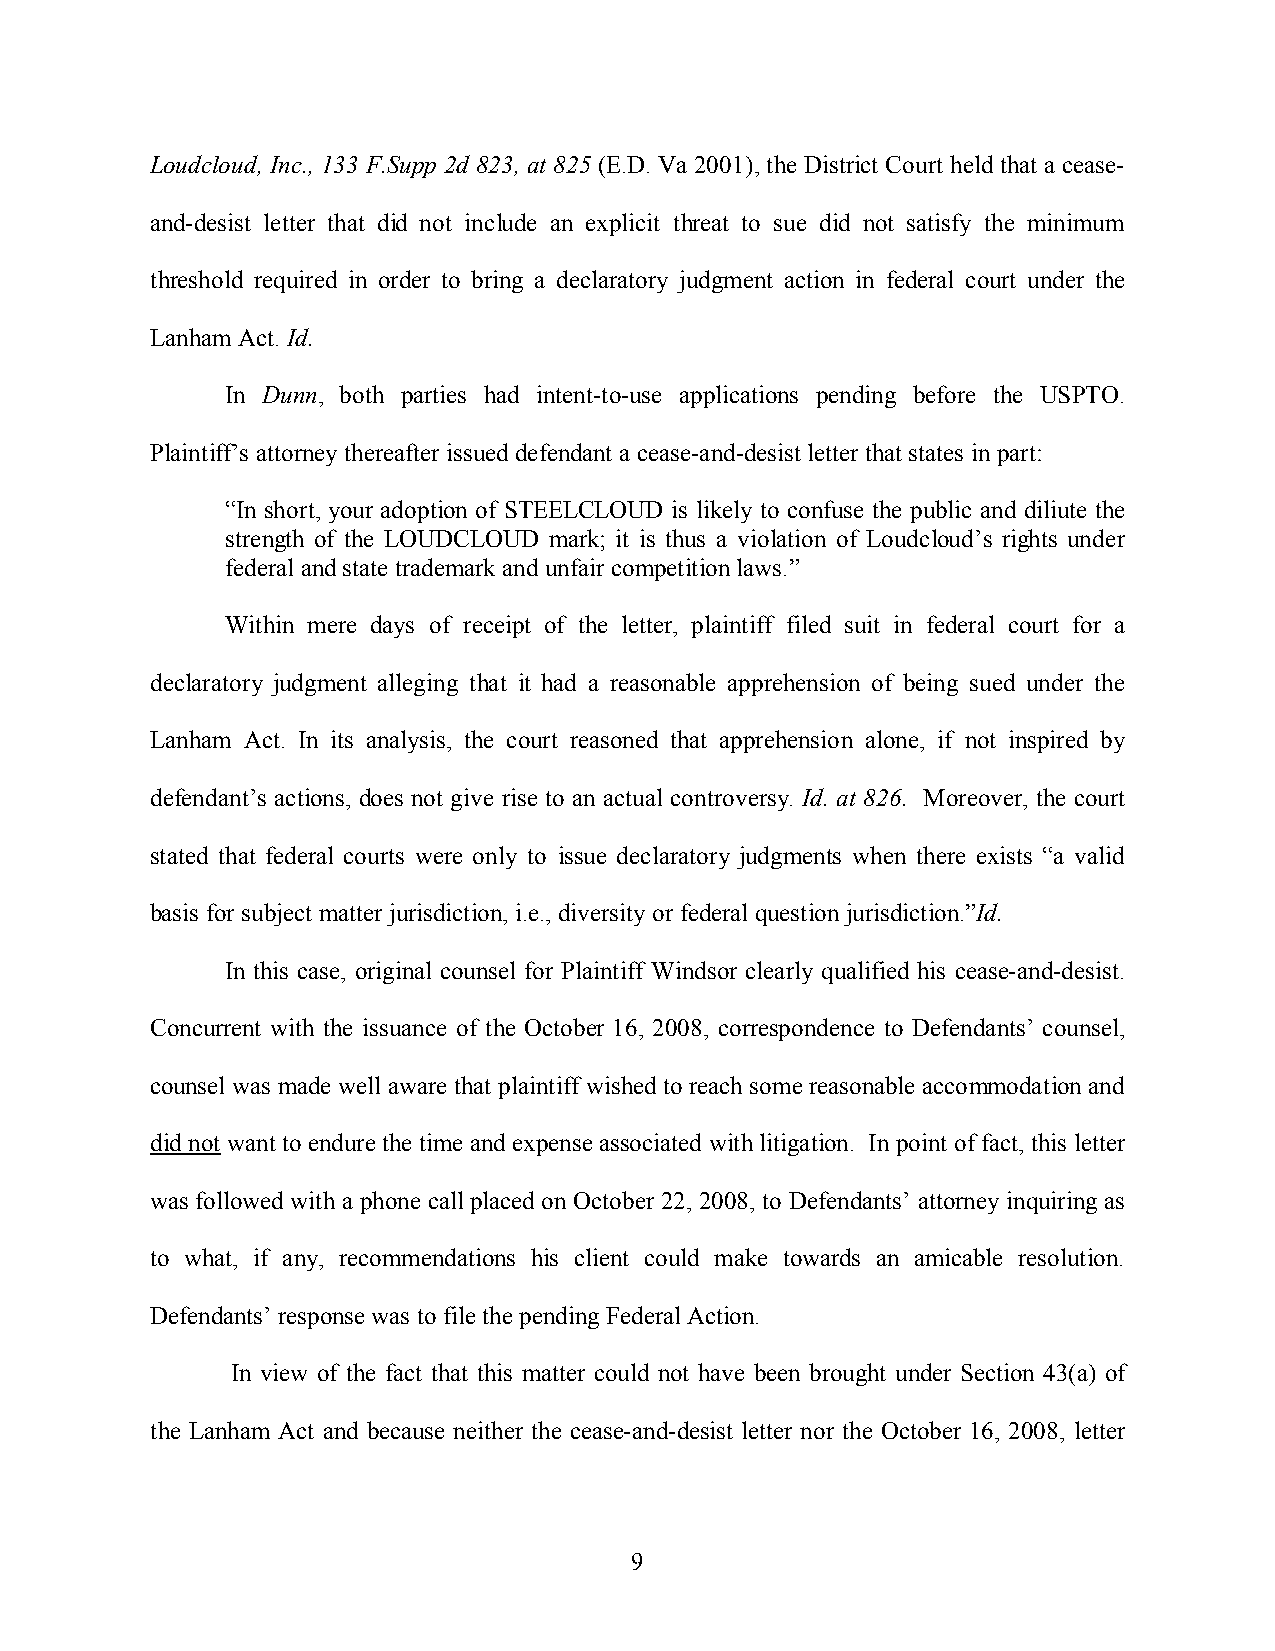
Loudcloud, Inc., 133 F.Supp 2d 823, at 825 (E.D. Va 2001), the District Court held that a cease-
 and-desist letter that did not include an explicit threat to sue did not satisfy the minimum
 threshold required in order to bring a declaratory judgment action in federal court under the
 Lanham Act. Id.
 In Dunn, both parties had intent-to-use applications pending before the USPTO.
 Plaintiff’s attorney thereafter issued defendant a cease-and-desist letter that states in part:
 “In short, your adoption of STEELCLOUD is likely to confuse the public and diliute the
 strength of the LOUDCLOUD mark; it is thus a violation of Loudcloud’s rights under
 federal and state trademark and unfair competition laws.”
 Within mere days of receipt of the letter, plaintiff filed suit in federal court for a
 declaratory judgment alleging that it had a reasonable apprehension of being sued under the
 Lanham Act. In its analysis, the court reasoned that apprehension alone, if not inspired by
 defendant’s actions, does not give rise to an actual controversy. Id. at 826. Moreover, the court
 stated that federal courts were only to issue declaratory judgments when there exists “a valid
 basis for subject matter jurisdiction, i.e., diversity or federal question jurisdiction.”Id.
 In this case, original counsel for Plaintiff Windsor clearly qualified his cease-and-desist.
 Concurrent with the issuance of the October 16, 2008, correspondence to Defendants’ counsel,
 counsel was made well aware that plaintiff wished to reach some reasonable accommodation and
 did not want to endure the time and expense associated with litigation. In point offact, this letter
 was followed with a phone call placed on October 22, 2008, to Defendants’ attorney inquiring as
 to what, if any, recommendations his client could make towards an amicable resolution.
 Defendants’ response was to file the pending FederalAction.
 In view of the fact that this matter could not have been brought under Section 43(a) of
 the Lanham Act and because neither the cease-and-desist letter nor the October 16, 2008, letter
 9